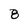
Character: 8